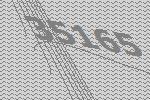
35165